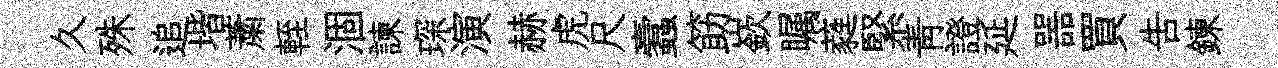
久殊追堦䔥輊涸諫琛演赫虎尺蠧筯嶔瞩蕤緊青證延噐買吿鍊